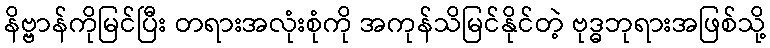
နိဗ္ဗာန်ကိုမြင်ပြီး တရားအလုံးစုံကို အကုန်သိမြင်နိုင်တဲ့ ဗုဒ္ဓဘုရားအဖြစ်သို့